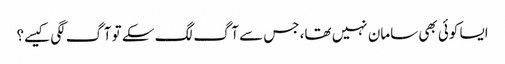
ایسا کوئی بھی سامان نہیں تھا، جس سے آگ لگ سکے تو آگ لگی کیسے؟